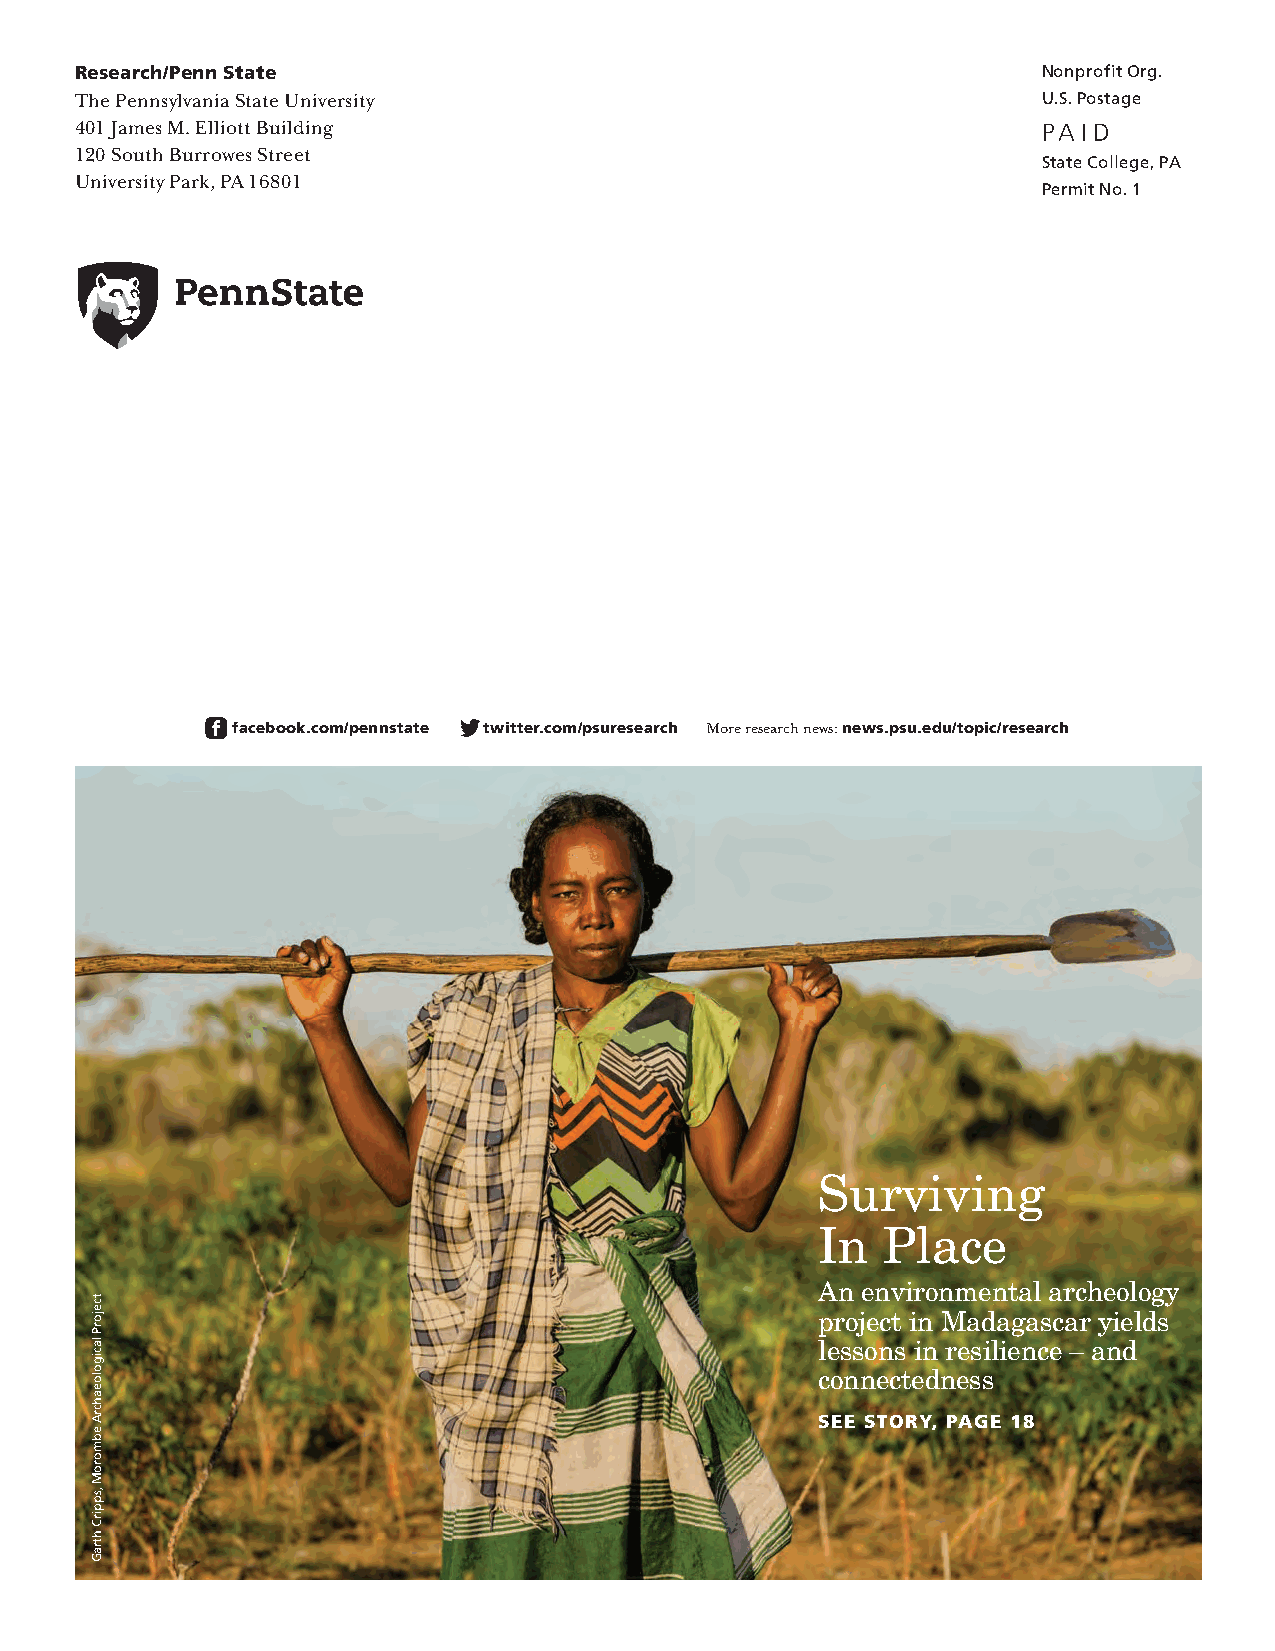
Research/Penn State                                             Nonprofit Org.
 The Pennsylvania State University                               U.S. Postage
 401 James M. Elliott Building                                   PAID
 120 South Burrowes Street
 State College, PA
 University Park, PA 16801
 Permit No. 1
 facebook.com/pennstate twitter.com/psuresearch More research news: news.psu.edu/topic/research
 Surviving
 In  Place
 An environmental archeology
 project in Madagascar yields
 lessons in resilience – and
 connectedness
 SEE STORY, PAGE 18
 tcejorP
 lacigoloeahcrA
 ebmoroM
 ,sppirC
 htraG